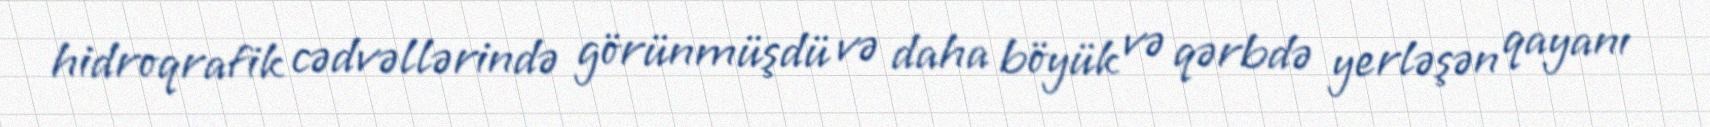
hidroqrafik cədvəllərində görünmüşdü və daha böyük və qərbdə yerləşən qayanı